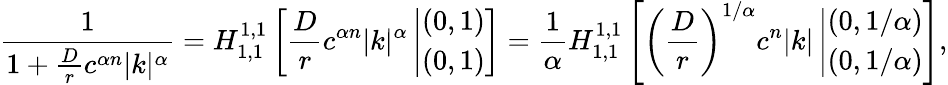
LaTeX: \frac{1}{1+\frac{D}{r}c^{\alpha n}|k|^{\alpha}}=H_{1,1}^{1,1}\left[\frac{D}{r}c^{\alpha n}|k|^{\alpha}\left|\begin{array}{ll}{(0,1)}\\ {(0,1)}\end{array}\right.\right]=\frac{1}{\alpha}H_{1,1}^{1,1}\left[\left(\frac{D}{r}\right)^{1/\alpha}c^{n}|k|\left|\begin{array}{ll}{(0,1/\alpha)}\\ {(0,1/\alpha)}\end{array}\right.\right],